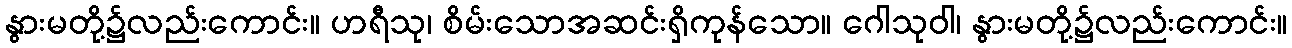
နွားမတို့၌လည်းကောင်း။ ဟရီသု၊ စိမ်းသောအဆင်းရှိကုန်သော။ ဂေါသုဝါ၊ နွားမတို့၌လည်းကောင်း။